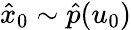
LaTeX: \hat{x}_{0}\sim\hat{p}(u_{0})